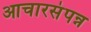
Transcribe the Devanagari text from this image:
आचारसंपन्न